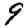
Digit: 9